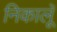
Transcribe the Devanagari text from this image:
निकालूॅ